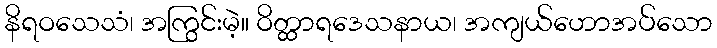
နိရဝသေသံ၊ အကြွင်းမဲ့။ ဝိတ္ထာရဒေသနာယ၊ အကျယ်ဟောအပ်သော